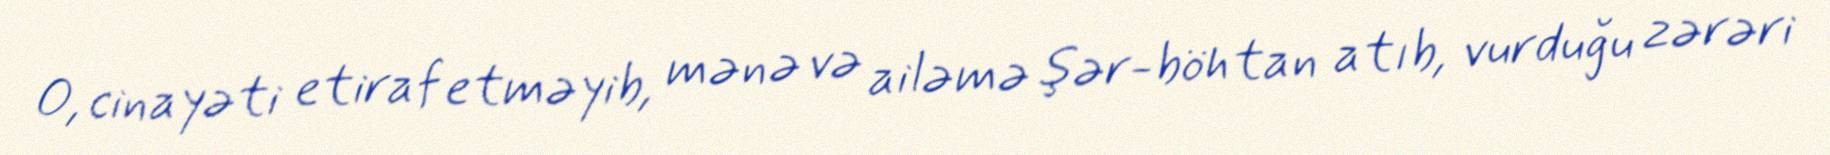
O, cinayəti etiraf etməyib, mənə və ailəmə şər-böhtan atıb, vurduğu zərəri